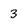
Character: 3